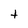
Character: t